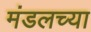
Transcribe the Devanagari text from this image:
मंडलच्या